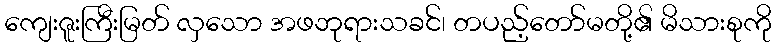
ကျေးဇူးကြီးမြတ် လှသော အဖဘုရားသခင်၊ တပည့်တော်မတို့၏ မိသားစုကို